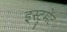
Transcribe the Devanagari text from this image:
इस्ट्रुमेंट